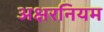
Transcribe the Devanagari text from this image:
अक्षरनियम